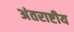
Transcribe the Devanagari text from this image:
अंतराष्टीय